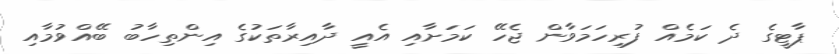
ޕާޓީގެ ދެ ކަމެއް ފުރިހަމަވާން ޖެހޭ ކަމަށާއި އެއީ ދާއިރާތަކުގެ އިންތިހާބު ބޭއްވުމާއި